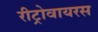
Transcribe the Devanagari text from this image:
रीट्रोवायरस